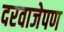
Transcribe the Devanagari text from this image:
दरवाजेपण